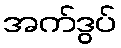
အက်ဒွပ်